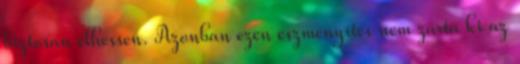
biztosan élhessen. Azonban ezen eszményítés nem zárta ki az